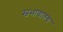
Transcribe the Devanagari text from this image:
स्वभावातच